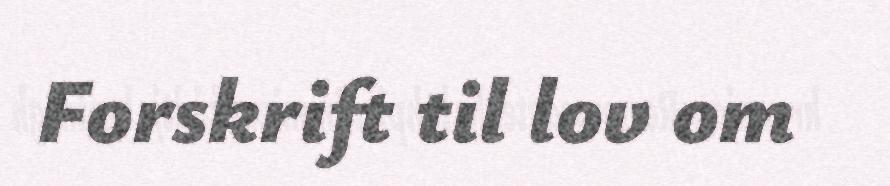
Forskrift til lov om